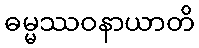
ဓမ္မဿဝနာယာတိ